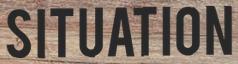
SITUATION